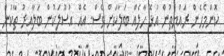
ކޮންމެހެން ރައްޔިތުން އުޅޭ ހާލެއް ބަލާކަށް ވެސް. އެއް އުސޫލަކުން ބަލާއިރު ތާކުން